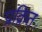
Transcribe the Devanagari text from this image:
प्राक्रित